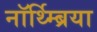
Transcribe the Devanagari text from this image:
नॉर्थ्म्ब्रिया